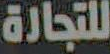
للتجارة